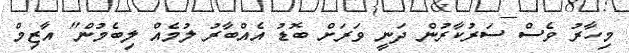
މިހާރު ވެސް ސަރުކާރުން ދަނީ ވަރަށް ބޮޑު އެއްބާރު ލުމެއް ލިބެމުން" އާޒިމް